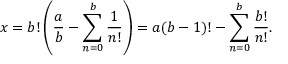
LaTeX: x = b ! \left( { \frac { a } { b } } - \sum _ { n = 0 } ^ { b } { \frac { 1 } { n ! } } \right) = a ( b - 1 ) ! - \sum _ { n = 0 } ^ { b } { \frac { b ! } { n ! } } .